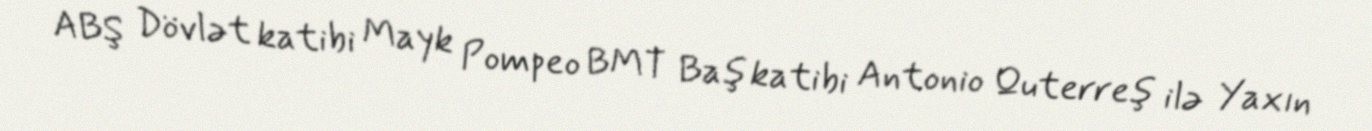
ABŞ Dövlət katibi Mayk Pompeo BMT Baş katibi Antonio Quterreş ilə Yaxın